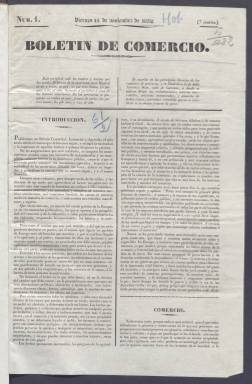
Título: Boletín de comercio (Madrid. 1832)
Colección: Periódicos anteriores a 1850
Ámbito geográfico: Madrid
Lugar de publicación: Madrid
Fechas: 16/11/1832-30/03/1834

Este periódico nació como otros en los últimos años del reinado de Fernando VII, cuando el absolutismo real había aflojado la dura represión llevada a cabo contra los liberales tras la abolición de la Constitución de 1812 y el final del llamado Trienio Liberal en 1823. Es un periodo en que se desarrolla en España el movimiento literario y artístico del Romanticismo y en que nacen nuevos géneros periodísticos. En relación con la materia específica de esta publicación es relevante saber que, poco antes, en 1829 se aprobó el primer Código de Comercio de España.

    El número 1 del Boletín de Comercio salió en noviembre de 1832, casi un mes después de la amnistía promovida por la reina María Cristina, todavía en vida del rey, que permitió la vuelta a España de muchos liberales, no de todos. La amnistía estaba promovida por los absolutistas reformistas, opuestos a los absolutistas ultras que apoyarían luego la sucesión de don Carlos, hermano de Fernando VII, en contra de Isabel, la hija del rey.

   El periódico, editado por la Junta del Real Consulado de Madrid, dependía del Gobierno reformista de Cea Bermúdez, que fue quien impulsó dicha amnistía y defendía la sucesión al trono de Isabel. Pese a titularse Boletín de Comercio, Pedro Gómez Aparicio informa en su Historia del Periodismo Español que la publicación corrió a cargo de escritores como Bretón de los Herreros, Fermín Caballero, Serafín Estébanez Calderón y Antonio Gil y Zárate.  Fue este mismo año de 1832 en que Larra inició la publicación de su periódico El Pobrecito Hablador.

   Aunque el contenido del Boletín de Comercio estaba volcado en artículos sobre la industria, la producción, la agricultura y la economía y el comercio en general, en una segunda época iniciada con el número 20 del 22 de enero de 1833 la parte estrictamente literaria y la crítica teatral, aunque secundaria, fue ganando terreno al tiempo que se reorganizaba la información con otras secciones como una de Comercio de Libros y otra de Variedades. Los decretos y órdenes ministeriales relacionados con la industria y el comercio, así como de otras materias, seguirían teniendo, como desde el principio, la prioridad informativa.

  El periódico, que salía dos veces por semana, y más tarde tres, siguió con sus cuatro páginas iniciales y sus secciones de Noticias extranjeras y nacionales y la información de la Bolsa de Comercio de Madrid, así como de Fondos Públicos y cifras y cuadros estadísticos de distintos ramos de industria y de intercambios comerciales.

   A la muerte del rey a finales de septiembre de 1833, el Boletín de Comercio se puso al servicio de la reina niña Isabel II y su madre la regente María Cristina. Cesó el 30 de marzo de 1834 una vez que el liberal moderado Francisco Martínez de la Rosa sustituyó a Cea Bermúdez al frente del Gobierno. Nació entonces el Eco del Comercio como continuación, aunque con espíritu más liberal y en el que inicialmente participaron colaboradores del Boletín de Comercio.

[Descripción publicada el 11/09/2023]